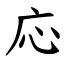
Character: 応